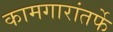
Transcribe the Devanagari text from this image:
कामगारांतर्फे